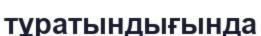
тұратындығында